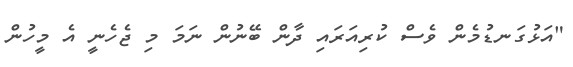
"އަޅުގަނޑުމެން ވެސް ކުރިއަރައި ދާން ބޭނުން ނަމަ މި ޖެހެނީ އެ މީހުން